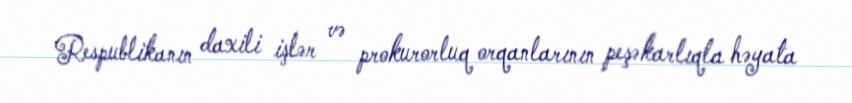
Respublikanın daxili işlər və prokurorluq orqanlarının peşəkarlıqla həyata